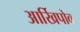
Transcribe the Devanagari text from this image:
आर्खिपोव